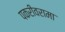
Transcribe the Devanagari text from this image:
पकरीवरामा